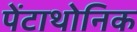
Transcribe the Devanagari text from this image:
पेंटाथोनिक